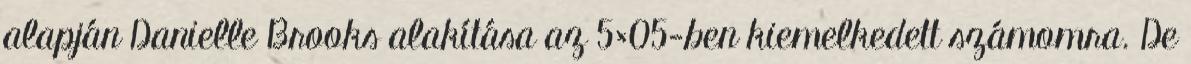
alapján Danielle Brooks alakítása az 5×05-ben kiemelkedett számomra. De